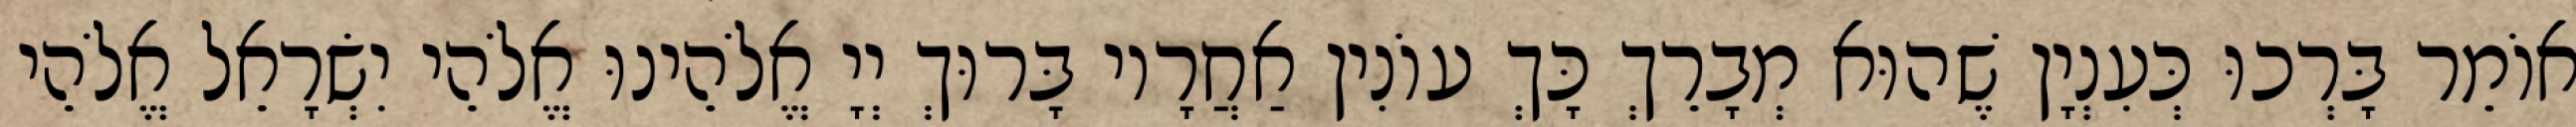
אוֹמֵר בָּרְכוּ כְּעִנְיָן שֶׁהוּא מְבָרֵךְ כָּךְ עוֹנִין אַחֲרָיו בָּרוּךְ יְיָ אֱלֹהֵינוּ אֱלֹהֵי יִשְׂרָאֵל אֱלֹהֵי